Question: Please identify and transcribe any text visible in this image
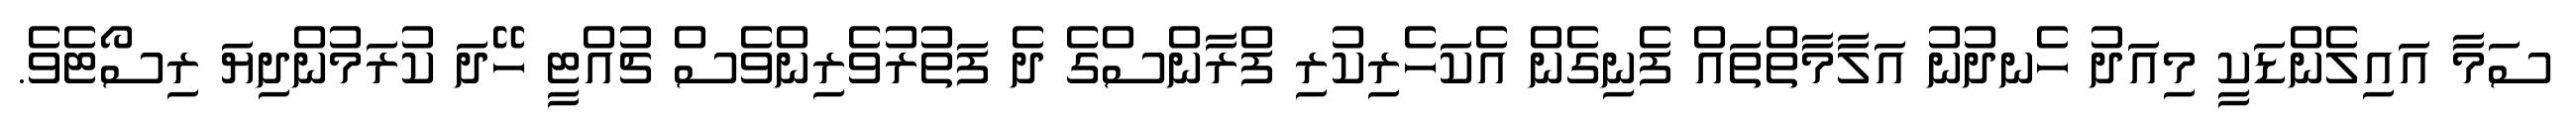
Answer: ސަމާ އައިލެންޑަކީ މިއަދު ހެނދުނު އަލާމާތްތައް ފެނިގެން އެކަހެރިކުރި ފްރާންސްގެ ދެ ފަތުރުވެރިންވެސް ޗުއްޓީ ހޭދަ ކުރަމުންދިޔަ ރިސޯޓެވެ.